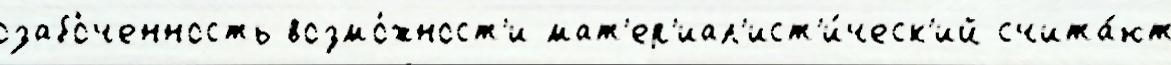
озабо́ченность возмо́жност'и мат'ер'иал'ист'и́ческ'ий счита́ют